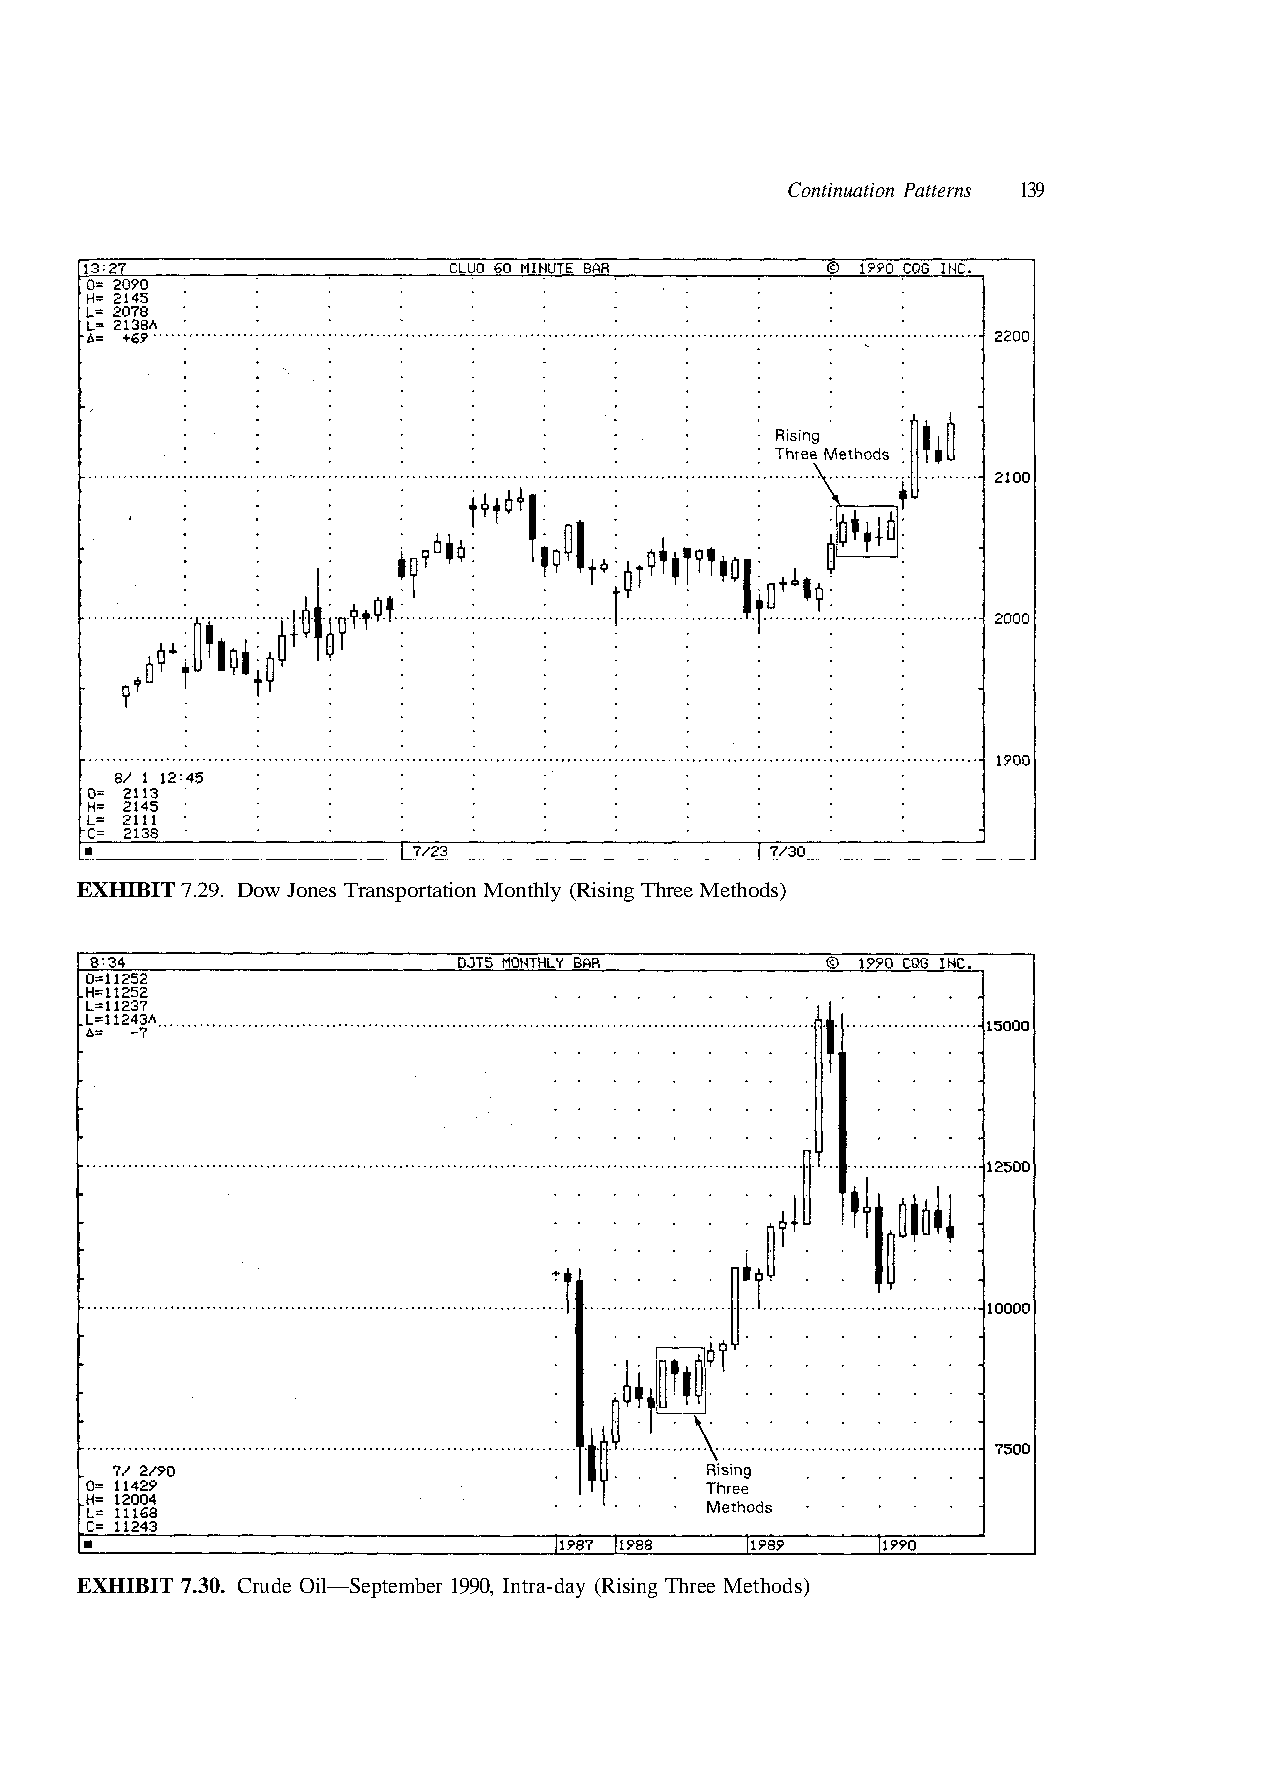
Continuation Patterns 139
 ) s d o h t e M e e r h T g n i s i R ( y a d - a r t n I , 0 9
 ods)
 19
 eth
 r
 M
 e
 e
 b
 hre
 m
 T
 e
 g
 t
 n
 p
 Risi
 Se
 y (
 —
 hl nt
 l
 o
 i
 M
 O
 ation
 de
 ort
 u
 nsp
 Cr
 a es Tr
 0.
 on
 3
 w J
 7.
 Do
 T
 9.
 I
 2
 B
 7. T
 I
 BI
 H
 HI
 X
 X
 E
 E